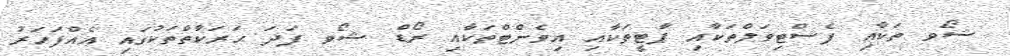
ޝޯވ ތަކާއި ފެސްޓިވަލްތަކާއި ޕާޓީތަކާއި އިވެންޓްތަކާއި ރޯޑް ޝޯވ ފަދަ ޙަރަކާތްތަކުގައި އެއްފަހަރު